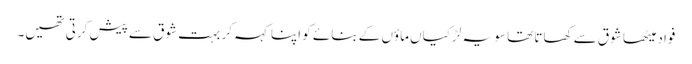
فواد میٹھا شوق سے کھاتا تھا سو یہ لڑکیاں ماؤں کے بنائے کو اپنا کہہ کر بہت شوق سے پیش کرتی تھیں۔